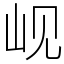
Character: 岘